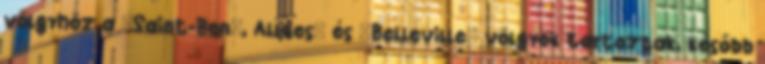
völgyhöz a "Saint-Bon", Allues" és "Belleville" völgyek tartoztak, később